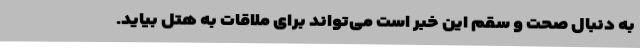
به دنبال صحت و سقم این خبر است می‌تواند برای ملاقات به هتل بیاید.